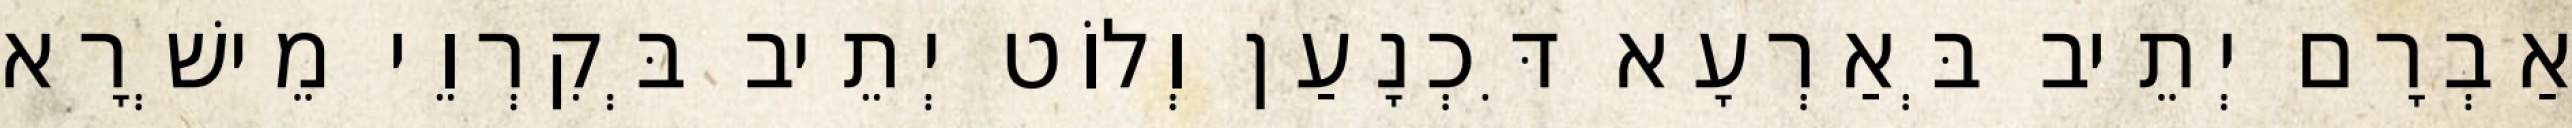
אַבְרָם יְתֵיב בְּאַרְעָא דִּכְנָעַן וְלוֹט יְתֵיב בְּקִרְוֵי מֵישְׁרָא